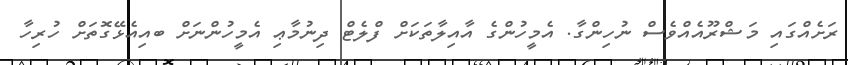
ރަށެއްގައި މަޝްރޫއެއްވެސް ނުހިންގާ. އެމީހުންގެ އާއިލާތަކަށް ފްލެޓް ދިނުމާޢި އެމީހުންނަށް ބއިއެޅޭގޮތަށް ހުރިހާ